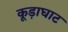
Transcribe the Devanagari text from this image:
कूड़ाघाट